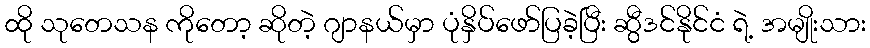
ထို သုတေသန ကိုတော့ ဆိုတဲ့ ဂျာနယ်မှာ ပုံနှိပ်ဖော်ပြခဲ့ပြီး ဆွီဒင်နိုင်ငံ ရဲ့ အမျိုးသား